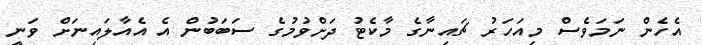
އެެހެން ނަމަވެސް މިއަހަރު ޗައިނާގެ މާކެޓު ދަށްވުމުގެ ސަބަބުން އެ އެއާލައިނަށް ވަނީ